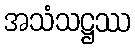
အသံသဋ္ဌဿ